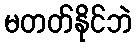
မတတ်နိုင်ဘဲ